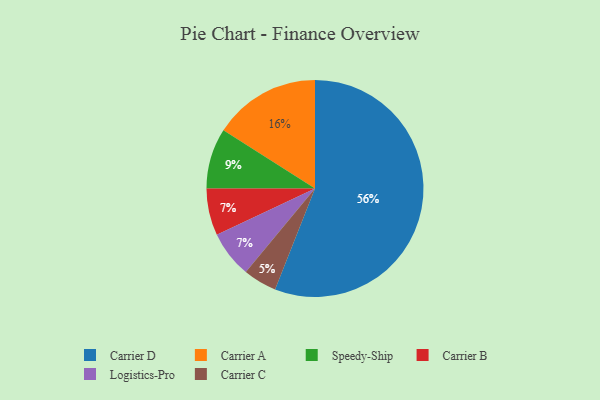
{"axis": {"x": "Category", "y": "Percentage"}, "legend": ["Carrier A", "Carrier B", "Carrier C", "Carrier D", "Logistics-Pro", "Speedy-Ship"], "data": [{"x": "Speedy-Ship", "y": 9, "type": "Speedy-Ship"}, {"x": "Carrier B", "y": 7, "type": "Carrier B"}, {"x": "Carrier C", "y": 5, "type": "Carrier C"}, {"x": "Carrier A", "y": 16, "type": "Carrier A"}, {"x": "Logistics-Pro", "y": 7, "type": "Logistics-Pro"}, {"x": "Carrier D", "y": 56, "type": "Carrier D"}]}